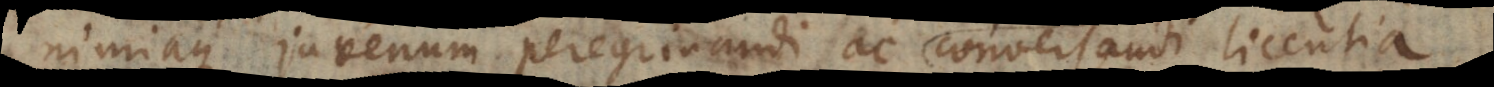
nimiaque juvenum peregrinandi ac conversandi licentia